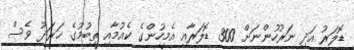
ޑޮލަރު އަދި ނަރުހުންނަށް 300 ޑޮލަރާއި އެމީހުންގެ ކެއުމާއި ތިބުމުގެ ޚަރަދު ވެސް